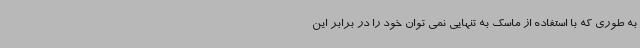
به طوری که با استفاده از ماسک به تنهایی نمی توان خود را در برابر این